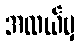
အလယ်မှ